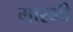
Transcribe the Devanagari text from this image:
गारभी